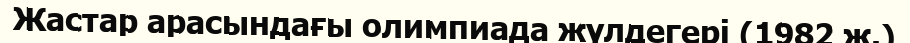
Жастар арасындағы олимпиада жүлдегері (1982 ж.)